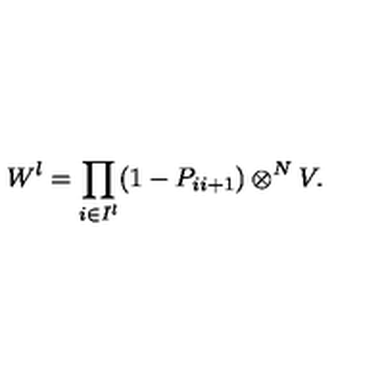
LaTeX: W ^ { \l } = \prod _ { i \in I ^ { \l } } ( 1 - P _ { i i + 1 } ) \otimes ^ { N } V .